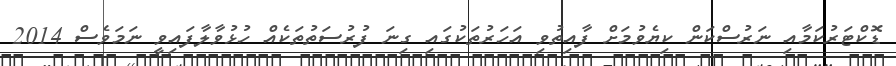
ޑޮކްޓަރުކަމާއި ނަރުސްކަން ކިޔެވުމަށް ފާއިތުވި އަހަރުތަކުގައި ގިނަ ފުރުސަތުތަކެއް ހުޅުވާލާފައިވީ ނަމަވެސް 2014